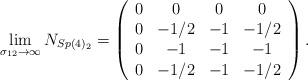
\begin{align*}\lim_{\sigma _{12}\rightarrow \infty }N_{Sp(4)_{2}}=\left( \begin{array}{cccc}0 & 0 & 0 & 0 \\ 0 & -1/2 & -1 & -1/2 \\ 0 & -1 & -1 & -1 \\ 0 & -1/2 & -1 & -1/2\end{array}\right) . \end{align*}